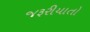
જરૂરીયાતો